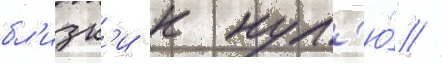
бл'изк'и к нул'ю́ //